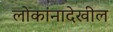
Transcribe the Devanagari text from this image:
लोकांनादेखील